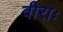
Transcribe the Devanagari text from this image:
वीराः